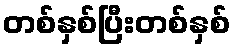
တစ်နှစ်ပြီးတစ်နှစ်